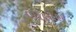
બોલીશ